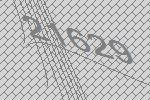
21629